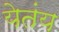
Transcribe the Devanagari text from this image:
येतंय